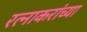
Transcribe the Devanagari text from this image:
रत्नाकरांच्या